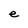
Character: e